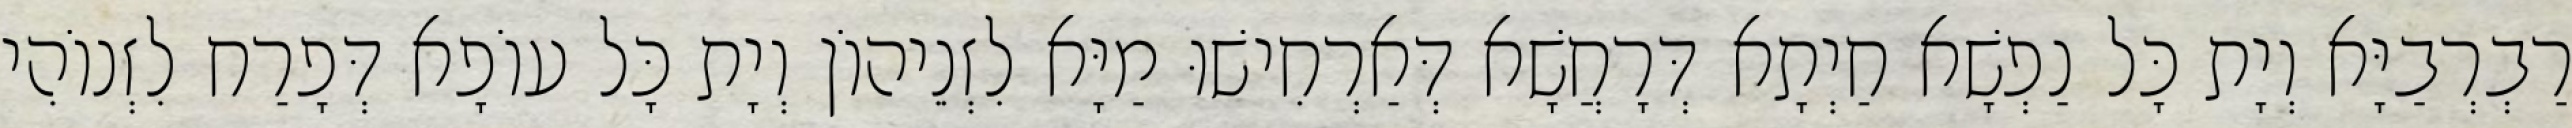
רַבְרְבַיָּא וְיָת כָּל נַפְשָׁא חַיְתָא דְּרָחֲשָׁא דְּאַרְחִישׁוּ מַיָּא לִזְנֵיהוֹן וְיָת כָּל עוֹפָא דְּפָרַח לִזְנוֹהִי